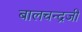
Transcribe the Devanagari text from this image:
बालचन्द्रजी